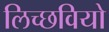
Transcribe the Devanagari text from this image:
लिच्छवियो